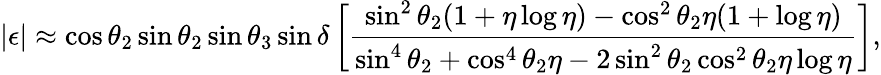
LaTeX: |\epsilon|\approx\cos\theta_{2}\sin\theta_{2}\sin\theta_{3}\sin\delta\left[{\frac{\sin^{2}\theta_{2}(1+\eta\log\eta)-\cos^{2}\theta_{2}\eta(1+\log\eta)}{\sin^{4}\theta_{2}+\cos^{4}\theta_{2}\eta-2\sin^{2}\theta_{2}\cos^{2}\theta_{2}\eta\log\eta}}\right],